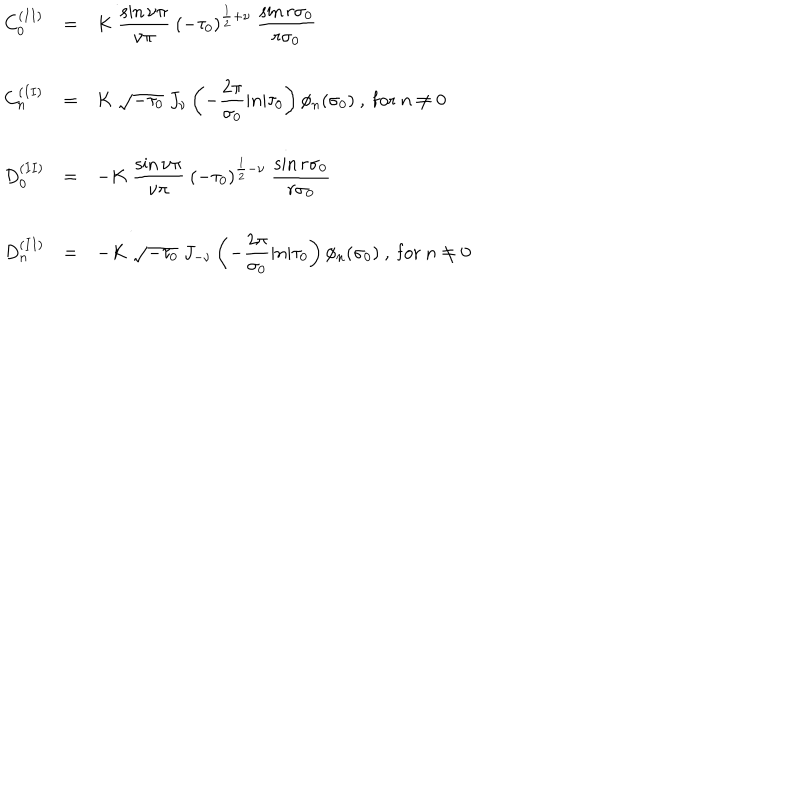
\begin{array} { l c l } { { C _ { 0 } ^ { ( I I ) } } } & { { = } } & { { { \displaystyle K ~ \frac { \sin \nu \pi } { \nu \pi } { } ~ ( - \tau _ { 0 } ) ^ { \frac { 1 } { 2 } + \nu } ~ \frac { \sin r \sigma _ { 0 } } { r \sigma _ { 0 } } } } } \\ { { } } & { { } } & { { } } \\ { { C _ { n } ^ { ( I I ) } } } & { { = } } & { { { \displaystyle K ~ \sqrt { - \tau _ { 0 } } ~ J _ { \nu } \left( - \frac { 2 \pi } { \sigma _ { 0 } } | n | \tau _ { 0 } \right) \phi _ { n } ( \sigma _ { 0 } ) ~ , ~ \mathrm { f o r } ~ n \neq 0 } } } \\ { { } } & { { } } & { { } } \\ { { D _ { 0 } ^ { ( I I ) } } } & { { = } } & { { { \displaystyle - K ~ \frac { \sin \nu \pi } { \nu \pi } { } ~ ( - \tau _ { 0 } ) ^ { \frac { 1 } { 2 } - \nu } ~ \frac { \sin r \sigma _ { 0 } } { r \sigma _ { 0 } } } } } \\ { { } } & { { } } & { { } } \\ { { D _ { n } ^ { ( I I ) } } } & { { = } } & { { { \displaystyle - K ~ \sqrt { - \tau _ { 0 } } ~ J _ { - \nu } \left( - \frac { 2 \pi } { \sigma _ { 0 } } | n | \tau _ { 0 } \right) \phi _ { n } ( \sigma _ { 0 } ) ~ , ~ \mathrm { f o r } ~ n \neq 0 } } } \\ \end{array}